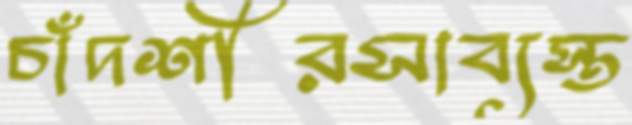
চাঁদশীরসাব্যস্ত